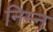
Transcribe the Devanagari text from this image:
निम्‍न